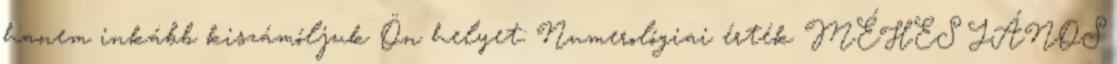
hanem inkább kiszámóljuk Ön helyet: Numerológiai érték MÉHES JÁNOS